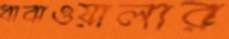
ধাবাওয়ালার